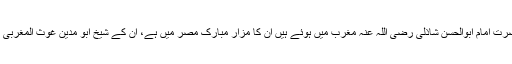
حضرت امام ابوالحسن شاذلی رضی اللہ عنہ مغرب میں ہوئے ہیں ان کا مزار مبارک مصر میں ہے، ان کے شیخ ابو مدین غوث المغربی ہیں۔